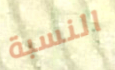
النسبة